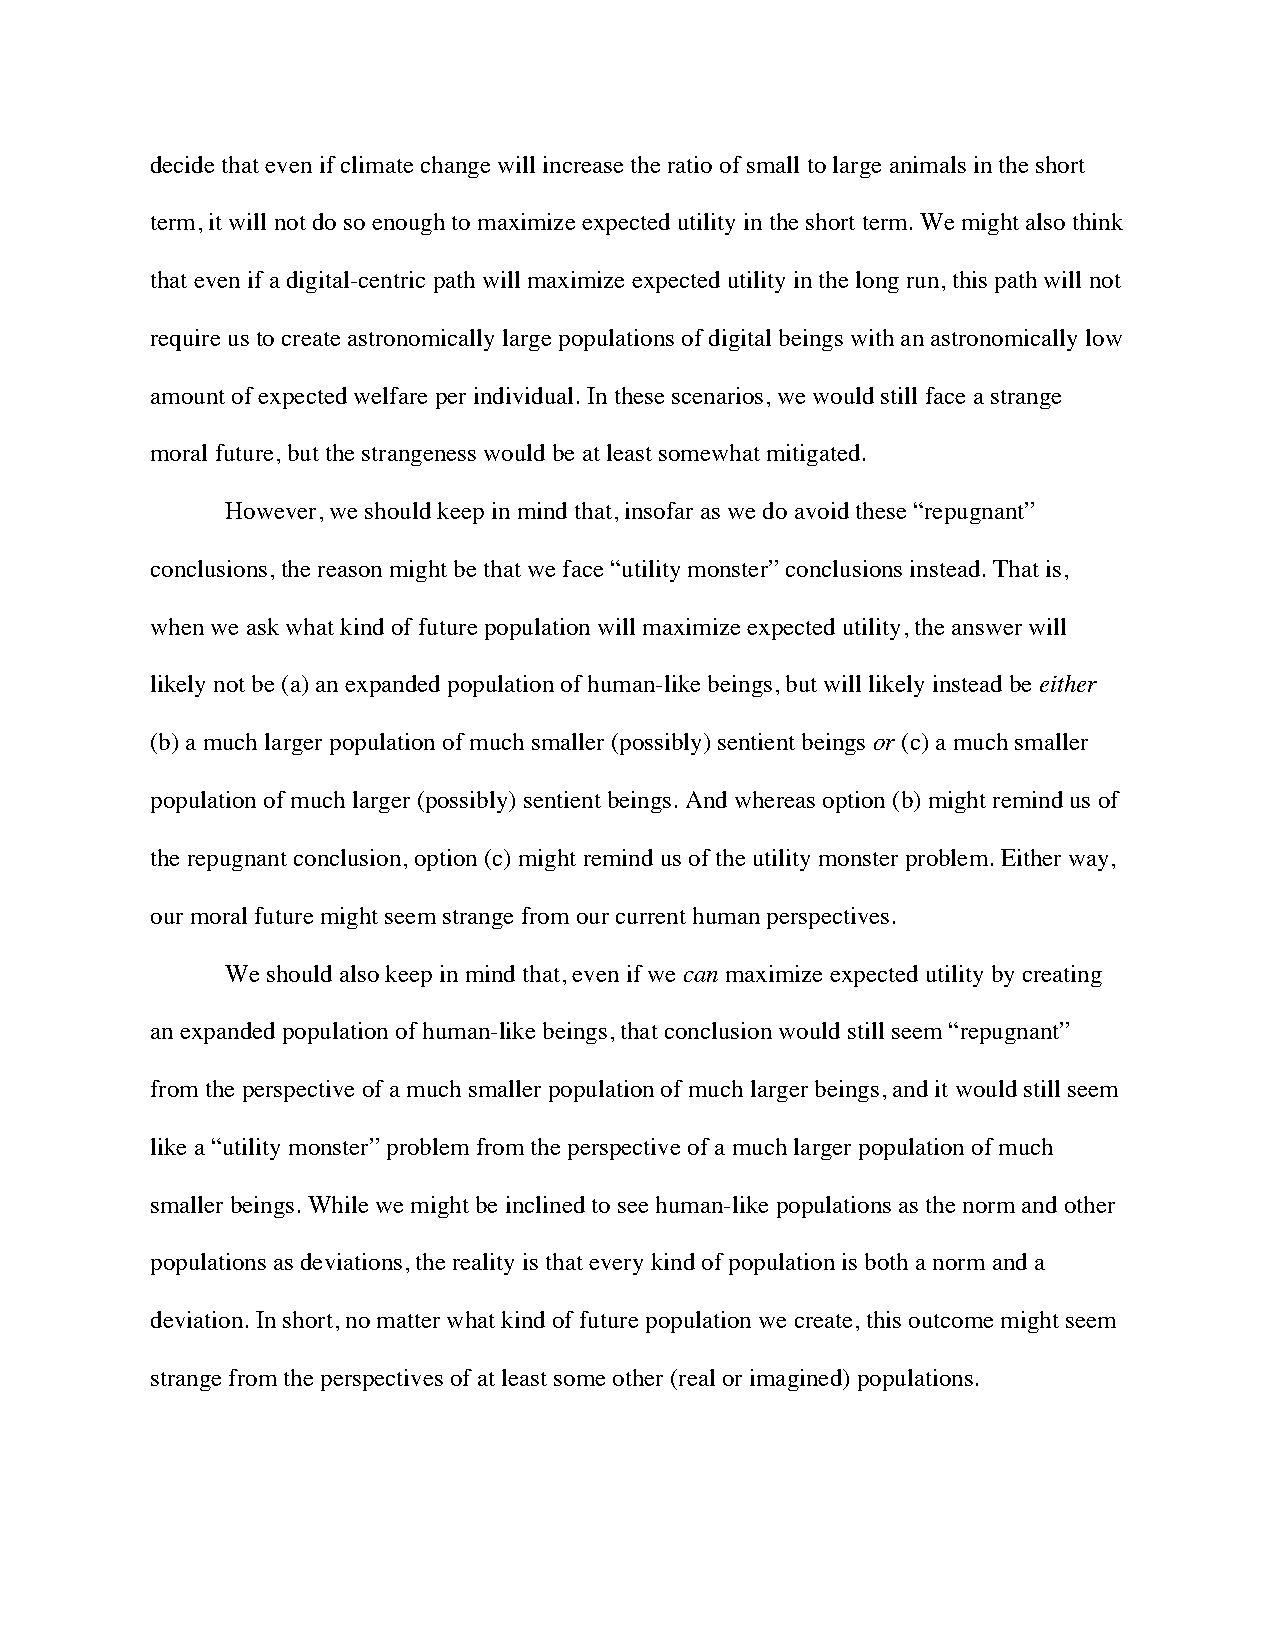
decide that even if climate change will increase the ratio of small to large animals in the short
 term, it will not do so enough to maximize expected utility in the short term. We might also think
 that even if a digital-centric path will maximize expected utility in the long run, this path will not
 require us to create astronomically large populations of digital beings with an astronomically low
 amount of expected welfare per individual. In these scenarios, we would still face a strange
 moral future, but the strangeness would be at least somewhat mitigated.
 However, we should keep in mind that, insofar as we do avoid these “repugnant”
 conclusions, the reason might be that we face “utility monster” conclusions instead. That is,
 when we ask what kind of future population will maximize expected utility, the answer will
 likely not be (a) an expanded population of human-like beings, but will likely instead be either
 (b) a much larger population of much smaller (possibly) sentient beings or (c) a much smaller
 population of much larger (possibly) sentient beings. And whereas option (b) might remind us of
 the repugnant conclusion, option (c) might remind us of the utility monster problem. Either way,
 our moral future might seem strange from our current human perspectives.
 We should also keep in mind that, even if we can maximize expected utility by creating
 an expanded population of human-like beings, that conclusion would still seem “repugnant”
 from the perspective of a much smaller population of much larger beings, and it would still seem
 like a “utility monster” problem from the perspective of a much larger population of much
 smaller beings. While we might be inclined to see human-like populations as the norm and other
 populations as deviations, the reality is that every kind of population is both a norm and a
 deviation. In short, no matter what kind of future population we create, this outcome might seem
 strange from the perspectives of at least some other (real or imagined) populations.